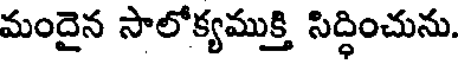
మందైన సాలోక్యముక్తి సిద్ధించును.